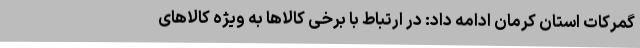
گمرکات استان کرمان ادامه داد: در ارتباط با برخی کالاها به ویژه کالاهای